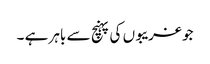
جو غریبوں کی پہنچ سے باہر ہے ۔